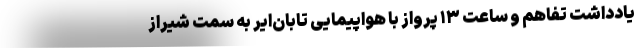
یادداشت تفاهم و ساعت ۱۳ پرواز با هواپیمایی تابان‌ایر به سمت شیراز